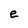
Character: e